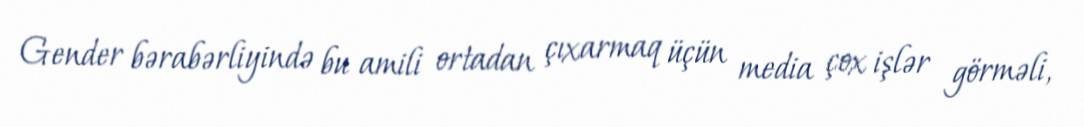
Gender bərabərliyində bu amili ortadan çıxarmaq üçün media çox işlər görməli,